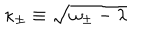
\kappa _ { \pm } \equiv \sqrt { \omega _ { \pm } - \lambda }